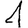
Digit: 1